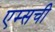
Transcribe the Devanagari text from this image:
एम्सची